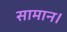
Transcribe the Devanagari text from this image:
सामान।